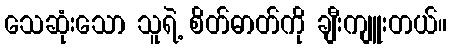
သေဆုံးသော သူရဲ့ စိတ်ဓာတ်ကို ချီးကျူးတယ်။